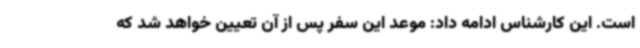
است. این کارشناس ادامه داد: موعد این سفر پس از آن تعیین خواهد شد که